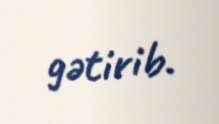
gətirib.